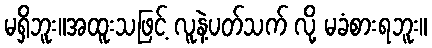
မရှိဘူး။အထူးသဖြင့် လူနဲ့ပတ်သက် လို့ မခံစားရဘူး။